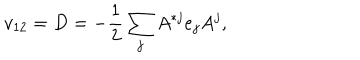
LaTeX: v _ { 1 2 } = D = - { \frac { 1 } { 2 } } \sum _ { j } A ^ { * j } e _ { j } A ^ { j } ,